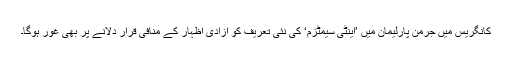
کانگریس میں جرمن پارلیمان میں ’اینٹی سیمٹزم‘ کی نئی تعریف کو آزادیِ اظہار کے منافی قرار دلانے پر بھی غور ہوگا۔